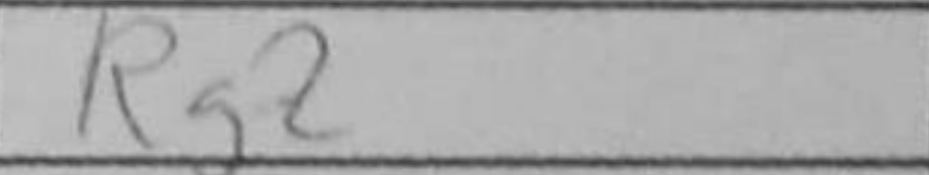
Transcription: Rg2